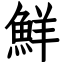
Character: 鮮